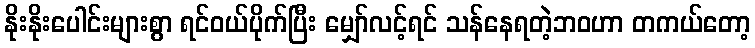
နိုးနိုးပေါင်းများစွာ ရင်ဝယ်ပိုက်ပြီး မျှော်လင့်ရင် သန်နေရတဲ့ဘဝဟာ တကယ်တော့